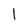
Character: 1